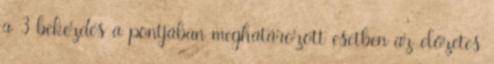
a 3 bekezdés a pontjában meghatározott esetben az előzetes